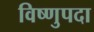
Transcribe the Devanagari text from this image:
विष्‍णुपदा